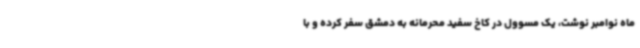
ماه نوامبر نوشت، یک مسوول در کاخ سفید محرمانه به دمشق سفر کرده و با